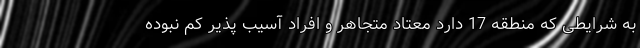
به شرایطی که منطقه 17 دارد معتاد متجاهر و افراد آسیب پذیر کم نبوده